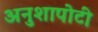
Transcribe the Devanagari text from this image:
अनुशापोटी